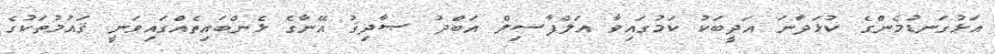
އަޅުގަނޑުމެންގެ ކުޅަދާނަ އަދީބަކު ކަމުގައިވާ އަލްފާޟިލް އަބްދު ޞާދިޤު އޭނާގެ ޅެންބައިތެއްގައިވަނީ ޤައުމުތަކުގެ